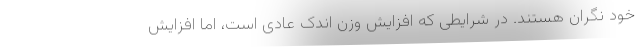
خود نگران هستند. در شرایطی که افزایش وزن اندک عادی است، اما افزایش